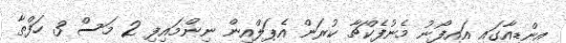
އިންޑިއާގައި އައިފޯނު މެނުފެކްޗާ ކުރަން އެޕަލްއިން ނިންމައިފި 2 މަސް 3 ހަފްތާ